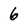
Character: 6